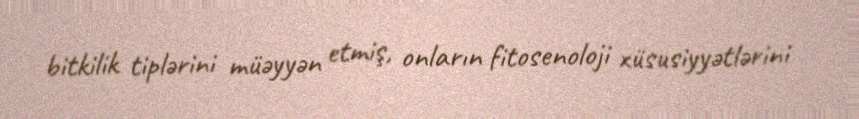
bitkilik tiplərini müəyyən etmiş, onların fitosenoloji xüsusiyyətlərini